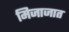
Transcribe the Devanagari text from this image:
मिजाजात